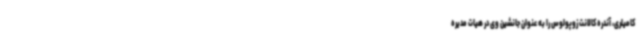
کامیلری، آندره کالانت زوپولوس را به عنوان جانشین وی در هیات مدیره